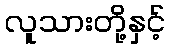
လူသားတို့နှင့်